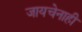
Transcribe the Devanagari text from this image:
जायचेनाही